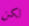
لكن